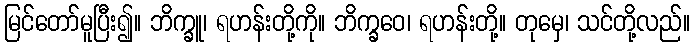
မြင်တော်မူပြီး၍။ ဘိက္ခူ၊ ရဟန်းတို့ကို။ ဘိက္ခဝေ၊ ရဟန်းတို့။ တုမှေ၊ သင်တို့လည်။